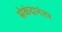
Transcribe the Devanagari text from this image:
सेकंदानंतर